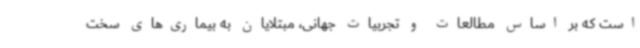
است که بر اساس مطالعات و تجربیات جهانی، مبتلایان به بیماری‌های سخت